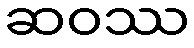
ဆဝဿ